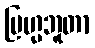
ဗြဟ္မဘူတာ